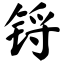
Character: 锊